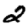
Digit: 2